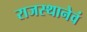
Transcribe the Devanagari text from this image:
राजस्थानेवं